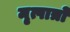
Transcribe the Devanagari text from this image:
मृत्पात्रों